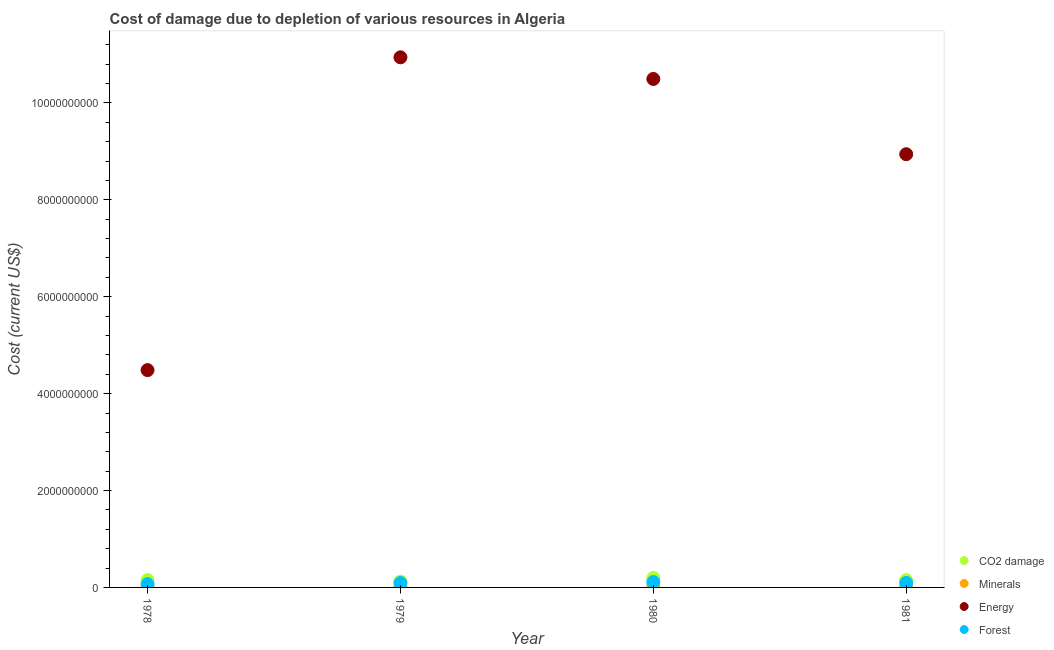
| Year | CO2 damage | Minerals | Energy | Forest |
 | --- | --- | --- | --- | --- |
 | 1978 | 1.51e+08 | 7.76e+06 | 4.49e+09 | 6.78e+07 |
 | 1979 | 1.21e+08 | 9.02e+06 | 1.09e+10 | 9.15e+07 |
 | 1980 | 1.94e+08 | 1.57e+07 | 1.05e+10 | 1.12e+08 |
 | 1981 | 1.5e+08 | 1.55e+07 | 8.94e+09 | 9.29e+07 |